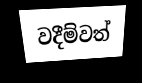
වදීම්වත්